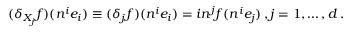
( \delta _ { X _ { j } } f ) ( n ^ { i } e _ { i } ) \equiv ( \delta _ { j } f ) ( n ^ { i } e _ { i } ) = i n ^ { j } f ( n ^ { i } e _ { j } ) \, , j = 1 , \dots , d \, .